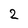
Character: 2